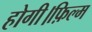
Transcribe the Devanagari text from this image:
होगी।फ़िल्म